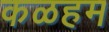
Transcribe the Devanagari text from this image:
कळहम